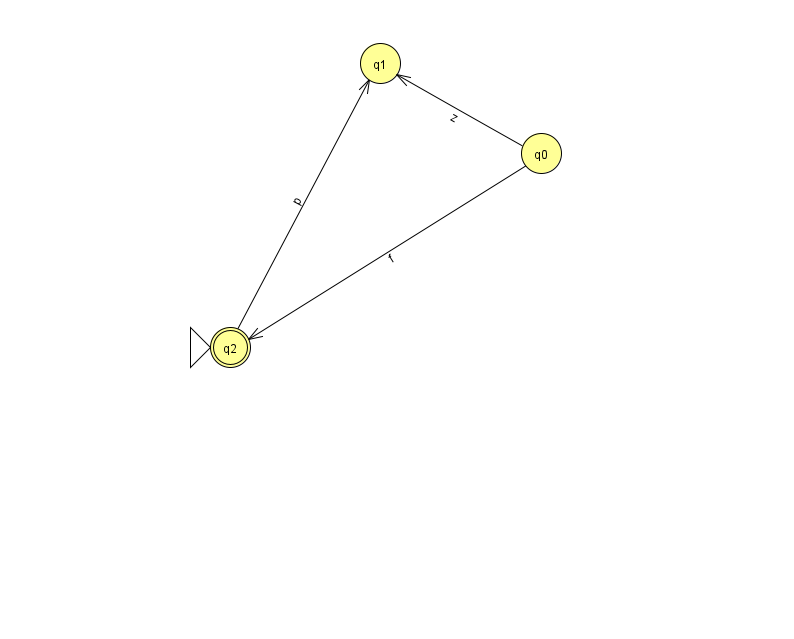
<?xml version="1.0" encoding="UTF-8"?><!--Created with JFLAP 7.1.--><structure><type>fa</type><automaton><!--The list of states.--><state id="0" name="q0"><x>541.0</x><y>140.0</y></state><state id="1" name="q1"><x>380.0</x><y>50.0</y></state><state id="2" name="q2"><x>230.0</x><y>334.0</y><initial/><final/></state><!--The list of transitions.--><transition><from>2</from><to>1</to><read>p</read></transition><transition><from>0</from><to>1</to><read>z</read></transition><transition><from>0</from><to>2</to><read>f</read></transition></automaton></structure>